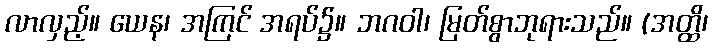
လာလှည့်။ ယေန၊ အကြင် အရပ်၌။ ဘဂဝါ၊ မြတ်စွာဘုရားသည်။ (အတ္ထိ၊